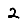
Digit: 2